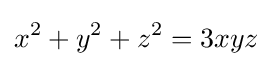
x^{2}+y^{2}+z^{2}=3xyz